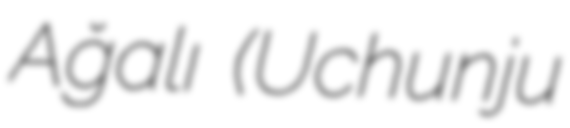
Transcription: Ağalı (Uchunju